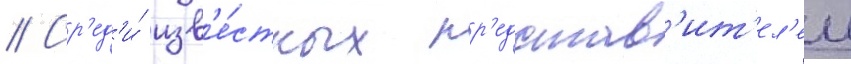
// Ср'ед'и́ изв'е́стных пр'едстав'ит'ел'еи